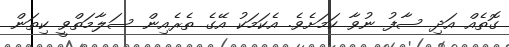
ގޮތެއް އަދި ސާފު ނުވާ ކަމަށެވެ. އެކަމަކު އޭގެ ތެރެއިން ސަލާމަތްވީ ކިތަން